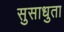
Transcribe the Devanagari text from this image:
सुसाधुता